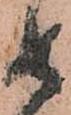
如